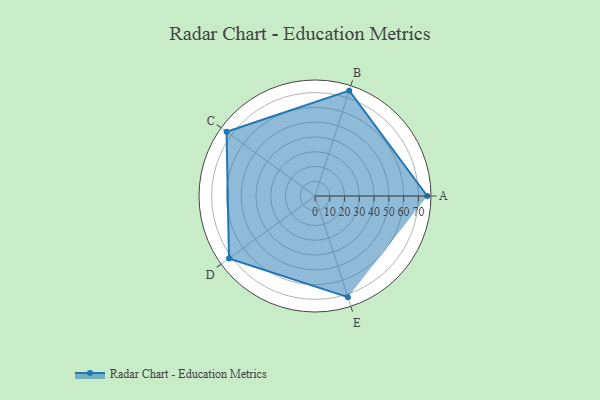
{"axis": {"x": "Skill", "y": "Score"}, "legend": ["Profile"], "data": [{"x": "A", "y": 76.0, "type": "Profile"}, {"x": "B", "y": 75.0, "type": "Profile"}, {"x": "C", "y": 74.0, "type": "Profile"}, {"x": "D", "y": 72.0, "type": "Profile"}, {"x": "E", "y": 72.0, "type": "Profile"}]}